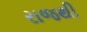
રાજથી